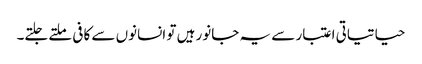
حیاتیاتی اعتبار سے یہ جانور ہیں تو انسانوں سے کافی ملتے جلتے۔